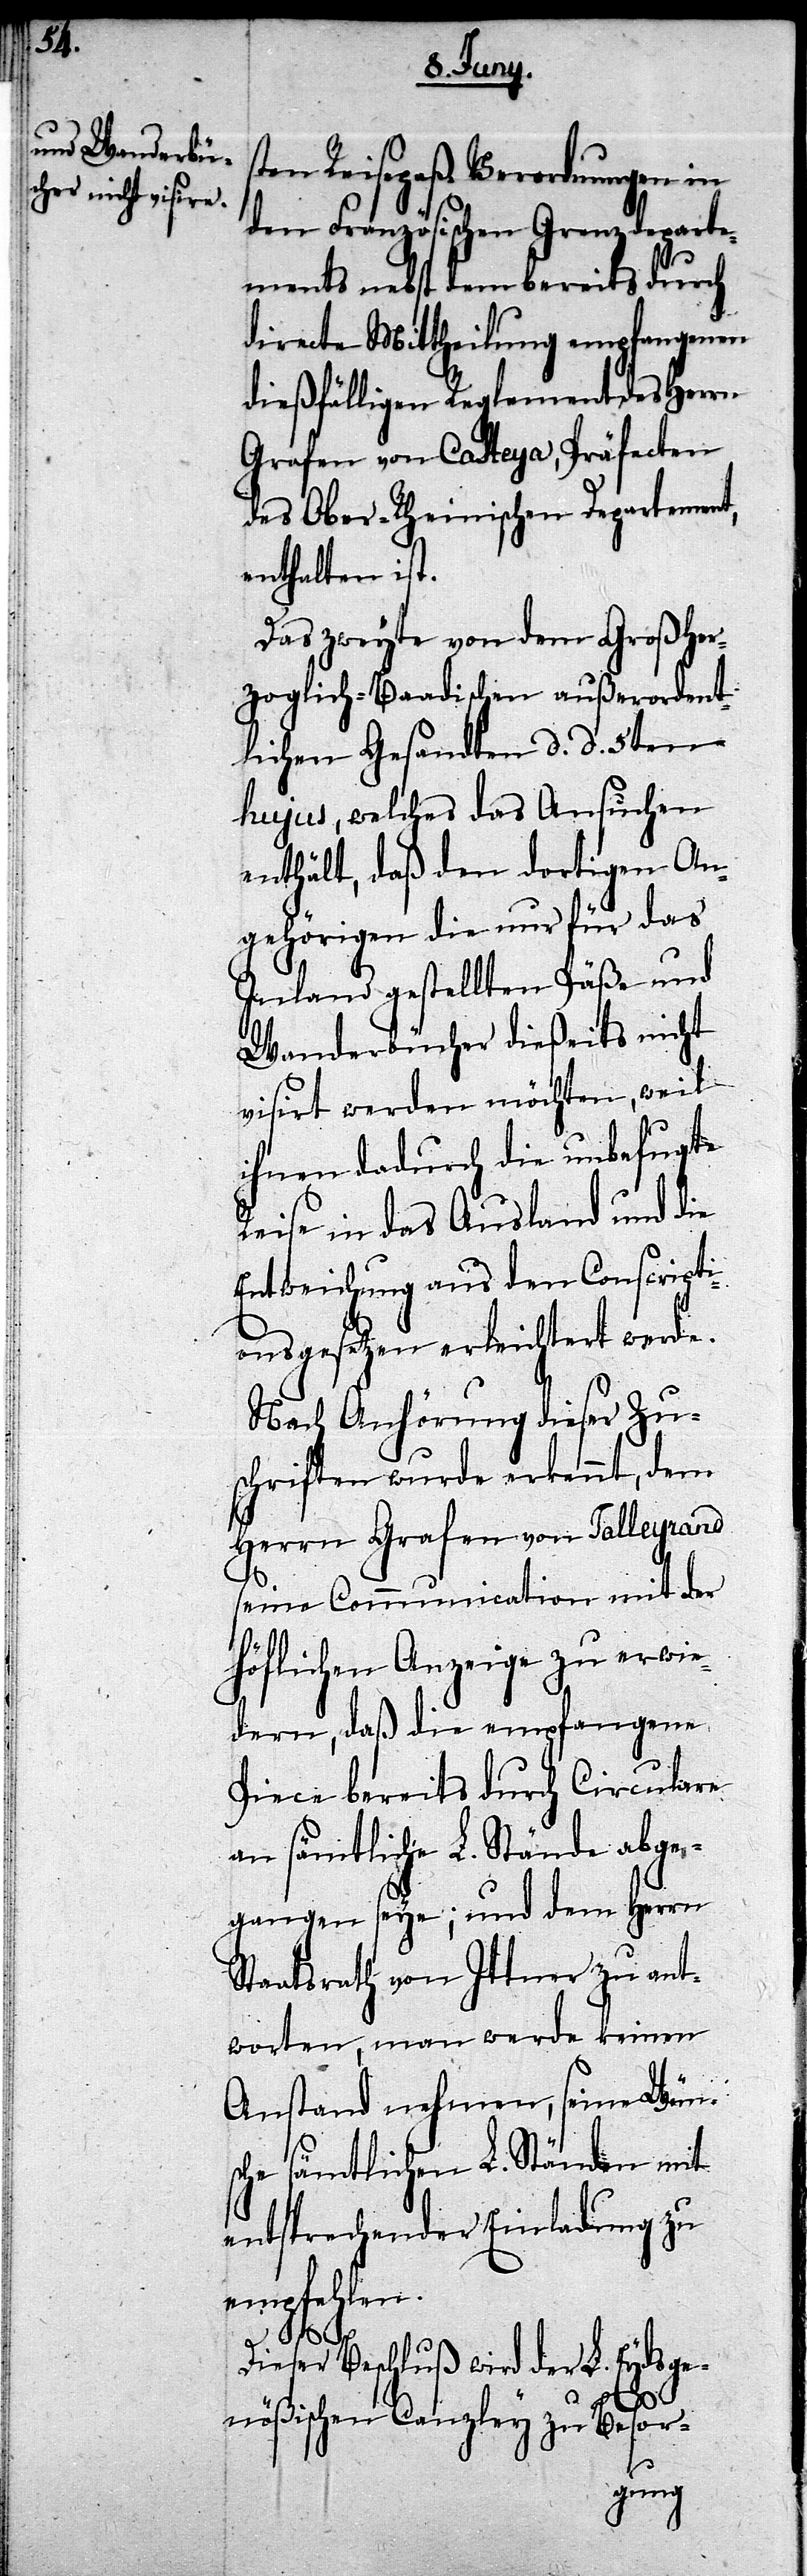
sten Reisepaß-Verordnungen in
den Französischen Grenzdeparte¬
ments nebst dem bereits durch
directe Mittheilung empfangenen
dießfälligen Reglement des Herrn
Grafen von Casteya, Präfecten
des Ober-Rheinischen Departement,
enthalten ist.
Das zweyte von dem Großher¬
zoglich-Baadischen außerordent¬
lichen Gesandten d. d. 5ten
hujus, welches das Ansuchen
enthält, daß den dortigen An¬
gehörigen die nur für das
Inland gestellten Päße und
Wanderbücher dießeits nicht
visirt werden möchten, weil
ihnen dadurch die unbefugte
Reise in das Ausland und die
Entweichung aus den Conscripti¬
onsgesetzen erleichtert werde.
Nach Anhörung dieser Zu¬
schriften wurde erkennt, dem
Herrn Grafen von Talleyrand
seine Communication mit der
höflichen Anzeige zu erwie¬
dern, daß die empfangene
Piece bereits durch Circulare
an sämtliche L. Stände abge¬
gangen seye; und dem Herrn
Staatsrath von Ittner zu ant¬
worten, man werde keinen
Anstand nehmen, seine Wüns¬
che sämtlichen L. Ständen mit
entsprechender Einladung zu
empfehlen.
Dieser Beschluß wird der L. Eydsge¬
nößischen Canzley zu Besor-